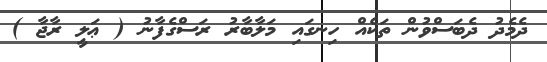
ދެމެދު ދެބަސްވުން ތަކެއް ހިނގައި މަލާބާރު ރަސްގެފާނު ( ޢަލީ ރާޖާ )